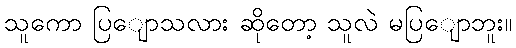
သူကော ပြျောသလား ဆိုတော့ သူလဲ မပြျောဘူး။